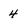
Character: 4